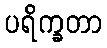
ပရိက္ခတာ